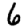
Digit: 6